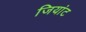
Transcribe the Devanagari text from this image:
जियांट